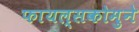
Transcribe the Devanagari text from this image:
फायल्सकोमुने